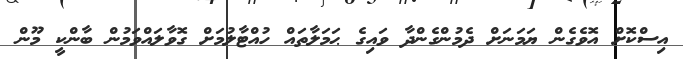
އިސްކޮށް އޮވެގެން ޔަމަނަށް ދެމުންގެންދާ ވައިގެ ޙަމަލާތައް ހުއްޓާލުމަށް ގޮވާލައްވަމުން ބާންކީ މޫން